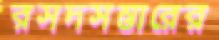
রসদসম্ভারের